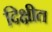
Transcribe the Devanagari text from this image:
दिक्षीत